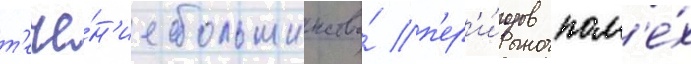
т'ече́н'ие большинства́ п'ер'и́одов пом'е́х